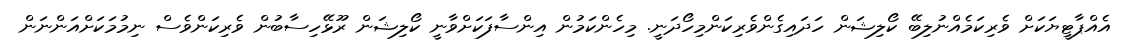
އެއްޕާޓީޔަކަށް ވެރިކަމެއްނުލިބޭ ކޯލިޝަން ހަދައިގެންވެރިކަންމިހޯދަނީ. މިހެންކަމުން އިންސާފަކަށްވާނީ ކޯލިޝަން ރޫޅޭހިސާބުން ވެރިކަންވެސް ނިމުމަކަށްއަންނަން